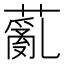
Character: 薍